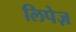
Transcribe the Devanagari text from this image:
लिपेज़